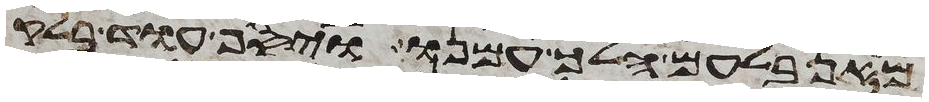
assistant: מאן בלעם הלך עמנו ויסף עוד בלק